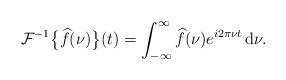
LaTeX: \begin{align*}\mathcal{F}^{-1}\big\{\widehat{f}(\nu)\big\}(t) = \int_{-\infty}^{\infty} \widehat{f}(\nu) e^{i2\pi \nu t} \, \mathrm{d}\nu.\end{align*}